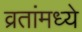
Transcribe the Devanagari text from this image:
व्रतांमध्ये